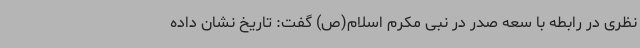
نظری در رابطه با سعه صدر در نبی مکرم اسلام(ص) گفت: تاریخ نشان داده